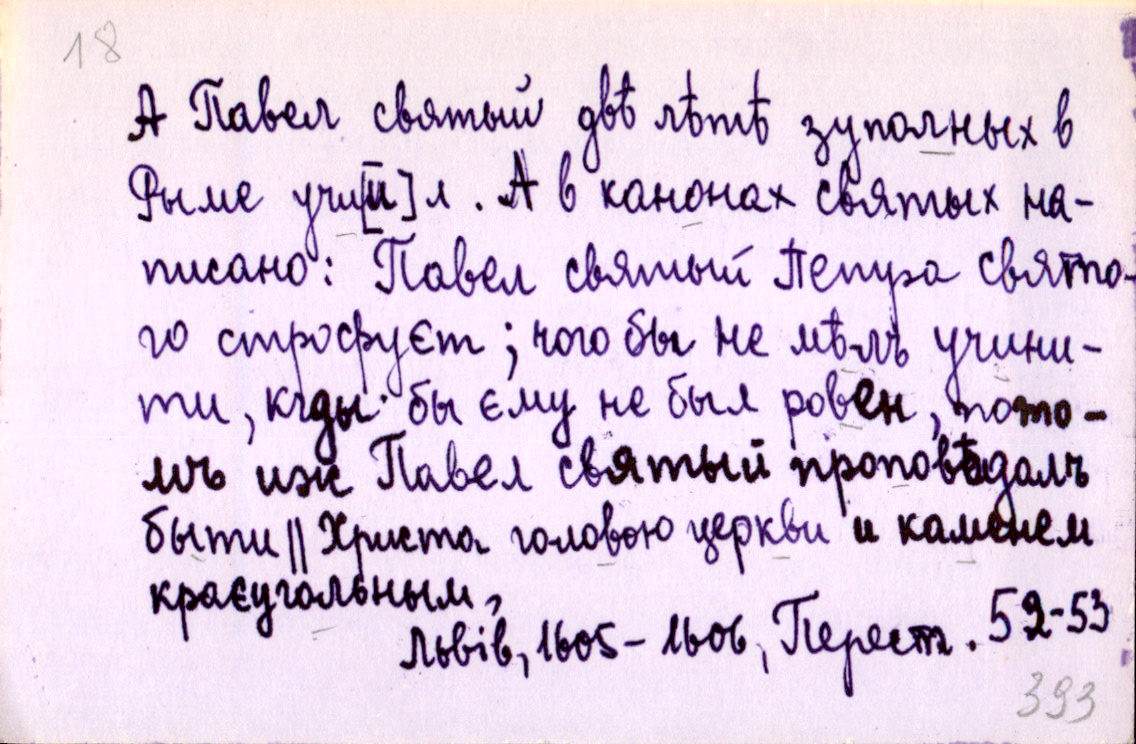
А Павел святый двѣ лѣтѣ зуполных в
Рыме учи[и]л . А в канонах святых на-
писано: Павел святый Петра свято-
го строфуєт; чого бы не мѣлъ учини-
ти, кгды бы ему не был ровен, пото-
мъ иж Павел святый проповѣдалъ
быти ║ Христа головою церкви и каменем
краєугольным,
Львів, 1605-1606, Перест. 52-53